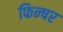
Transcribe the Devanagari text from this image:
फिन्षर